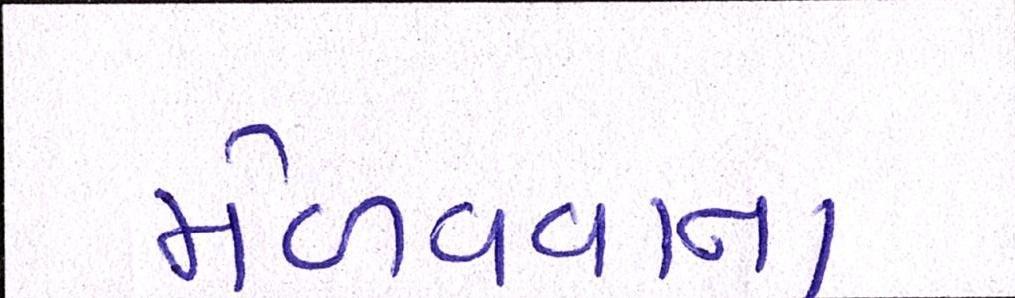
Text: મેળવવાના